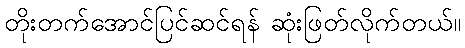
တိုးတက်အောင်ပြင်ဆင်ရန် ဆုံးဖြတ်လိုက်တယ်။